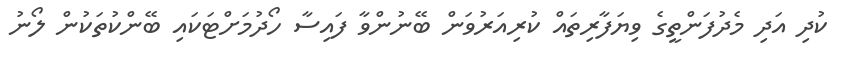
ކުދި އަދި މެދުފަންތީގެ ވިޔަފާރިތައް ކުރިއަރުވަން ބޭނުންވާ ފައިސާ ހޯދުމަށްޓަކައި ބޭންކުތަކުން ލޯނު